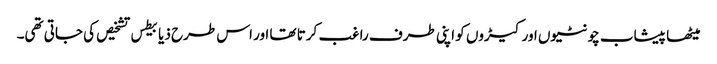
میٹھا پیشاب چونٹیوں اور کیڑوں کو اپنی طرف راغب کرتا تھا اور اس طرح ذیابیطس تشخیص کی جاتی تھی۔